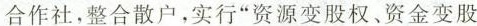
合作社，整合散户，实行”资源变股权、资金变股